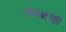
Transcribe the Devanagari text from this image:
निरक्षरही